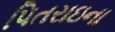
પિતરાઇના